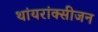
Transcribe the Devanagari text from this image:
थांयरांक्सीजन